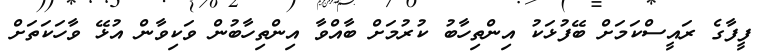
ފީފާގެ ރައީސްކަމަށް ބޭފުޅަކު އިންތިހާބު ކުރުމަށް ބާއްވާ އިންތިހާބުން ވަކިވާން އުޅޭ ވާހަކަތަށް